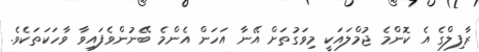
ރާފިލްގެ އެ ކޮންމެ ޖުމްލައަކީ މިވަގުތަށް އޭނާ އަހަން އެންމެ ބޭނުންވެފައިވާ ވާހަކަތަކެވެ.